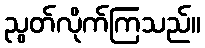
ညွတ်လိုက်ကြသည်။